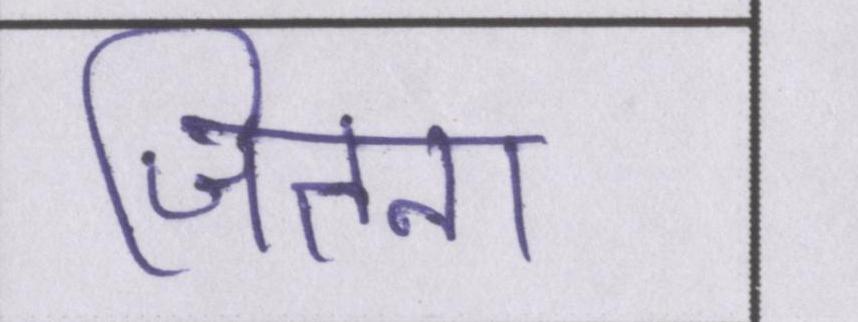
जितना